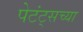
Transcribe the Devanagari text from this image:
पेटंट्सच्या